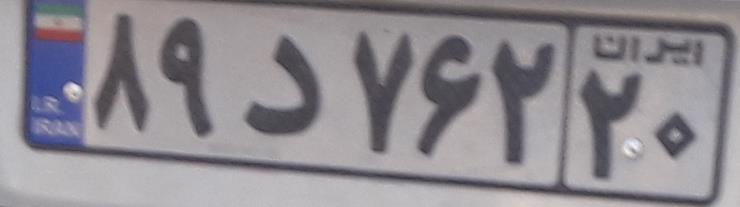
۸۹د۷۶۲۲۰